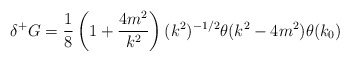
\begin{align*}\delta^+G=\frac{1}{8}\left( 1+\frac{4m^2}{k^2}\right) (k^2)^{-1/2}\theta (k^2-4m^2) \theta (k_0)\end{align*}